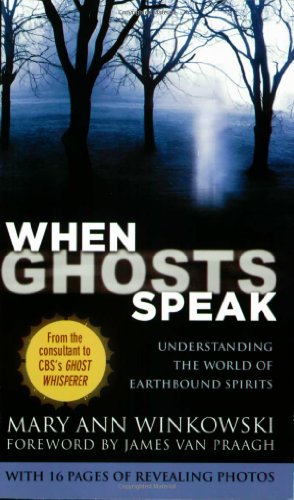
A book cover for When Ghosts Speak: Understanding the World of Earthbound Spirits; Mary Ann Winkowski; Religion & Spirituality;